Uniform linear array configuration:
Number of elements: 24
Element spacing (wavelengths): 0.25
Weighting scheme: hann
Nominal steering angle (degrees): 0
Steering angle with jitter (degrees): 0.3849
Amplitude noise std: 0.05
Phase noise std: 0.05

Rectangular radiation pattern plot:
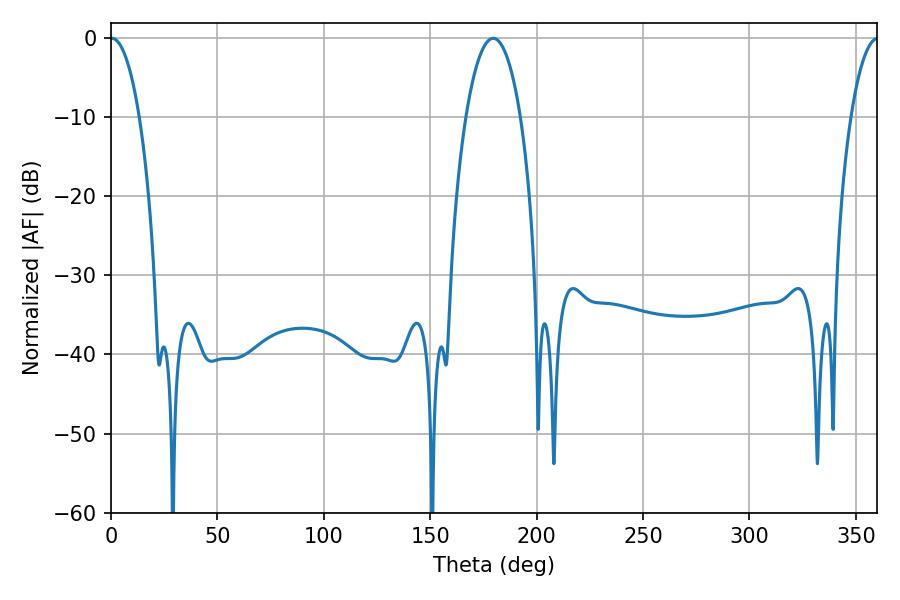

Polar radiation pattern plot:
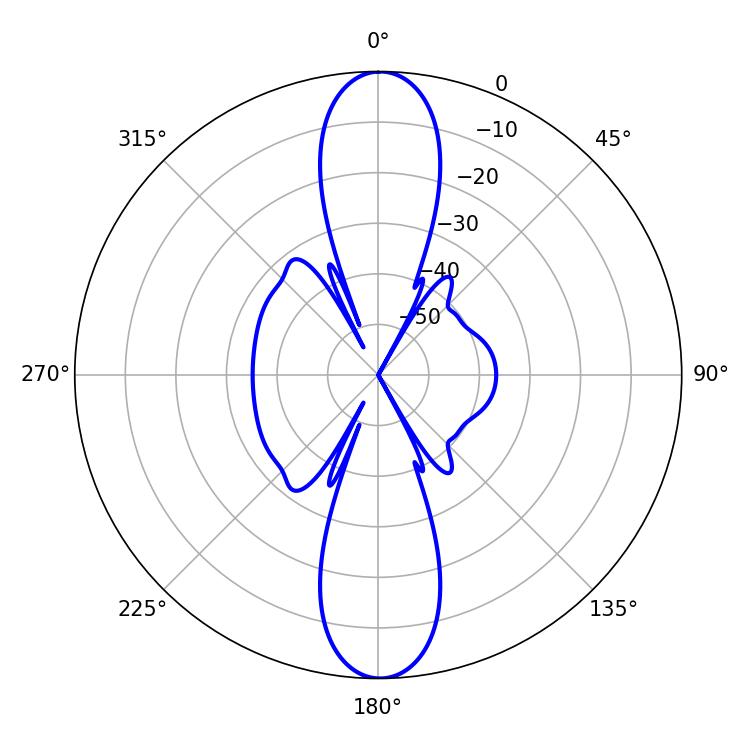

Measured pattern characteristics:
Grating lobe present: FALSE
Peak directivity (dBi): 27.376
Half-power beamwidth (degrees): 7.56
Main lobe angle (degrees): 0.36